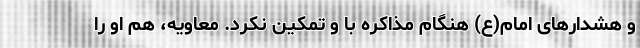
و هشدار‌های امام(ع) هنگام مذاکره با و تمکین نکرد. معاویه، هم او را